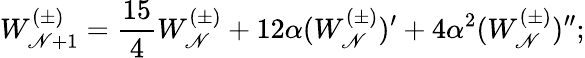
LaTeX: W_{\mathscr{N}+1}^{(\pm)}=\frac{{15}}{{4}}W_{\mathscr{N}}^{(\pm)}+12\alpha(W_{\mathscr{N}}^{(\pm)})^{\prime}+4\alpha^{2}(W_{\mathscr{N}}^{(\pm)})^{\prime\prime};